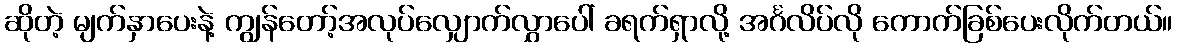
ဆိုတဲ့ မျက်နှာပေးနဲ့ ကျွန်တော့်အလုပ်လျှောက်လွှာပေါ် ခရက်ရှာလို့ အင်္ဂလိပ်လို ကောက်ခြစ်ပေးလိုက်တယ်။